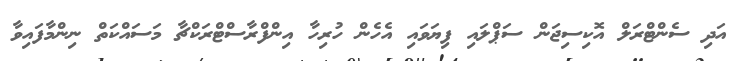
އަދި ސެންޓްރަލް އޮކިސިޖަން ސަޕްލައި ފިޔަވައި އެހެން ހުރިހާ އިންފްރާސްޓްރަކްޗާ މަސައްކަތް ނިންމާފައިވާ